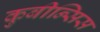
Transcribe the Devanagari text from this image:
कुबीन्सिस